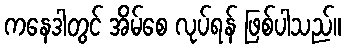
ကနေဒါတွင် အိမ်စေ လုပ်ရန် ဖြစ်ပါသည်။